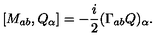
[ M _ { a b } , Q _ { \alpha } ] = - \frac { i } { 2 } ( \Gamma _ { a b } Q ) _ { \alpha } .